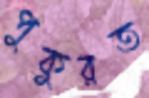
পুকুরত